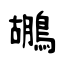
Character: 鶘